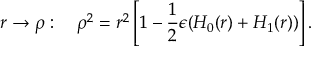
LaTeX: r \rightarrow \rho : \quad \rho ^ { 2 } = r ^ { 2 } \left[ 1 - \frac { 1 } { 2 } \epsilon ( H _ { 0 } ( r ) + H _ { 1 } ( r ) ) \right] .